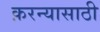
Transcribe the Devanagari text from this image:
क़रन्यासाठी